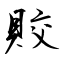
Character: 賋